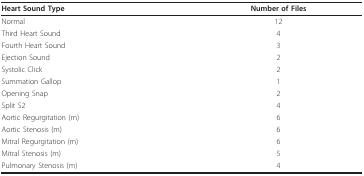
<table><thead><tr><td><b>Heart Sound Type</b></td><td><b>Number of Files</b></td></tr></thead><tbody><tr><td>Normal</td><td>12</td></tr><tr><td>Third Heart Sound</td><td>4</td></tr><tr><td>Fourth Heart Sound</td><td>3</td></tr><tr><td>Ejection Sound</td><td>2</td></tr><tr><td>Systolic Click</td><td>2</td></tr><tr><td>Summation Gallop</td><td>1</td></tr><tr><td>Opening Snap</td><td>2</td></tr><tr><td>Split S2</td><td>4</td></tr><tr><td>Aortic Regurgitation (m)</td><td>6</td></tr><tr><td>Aortic Stenosis (m)</td><td>6</td></tr><tr><td>Mitral Regurgitation (m)</td><td>6</td></tr><tr><td>Mitral Stenosis (m)</td><td>5</td></tr><tr><td>Pulmonary Stenosis (m)</td><td>4</td></tr></tbody></table>